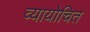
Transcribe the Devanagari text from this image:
व्यायोचित